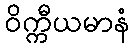
ဝိက္ကီယမာနံ